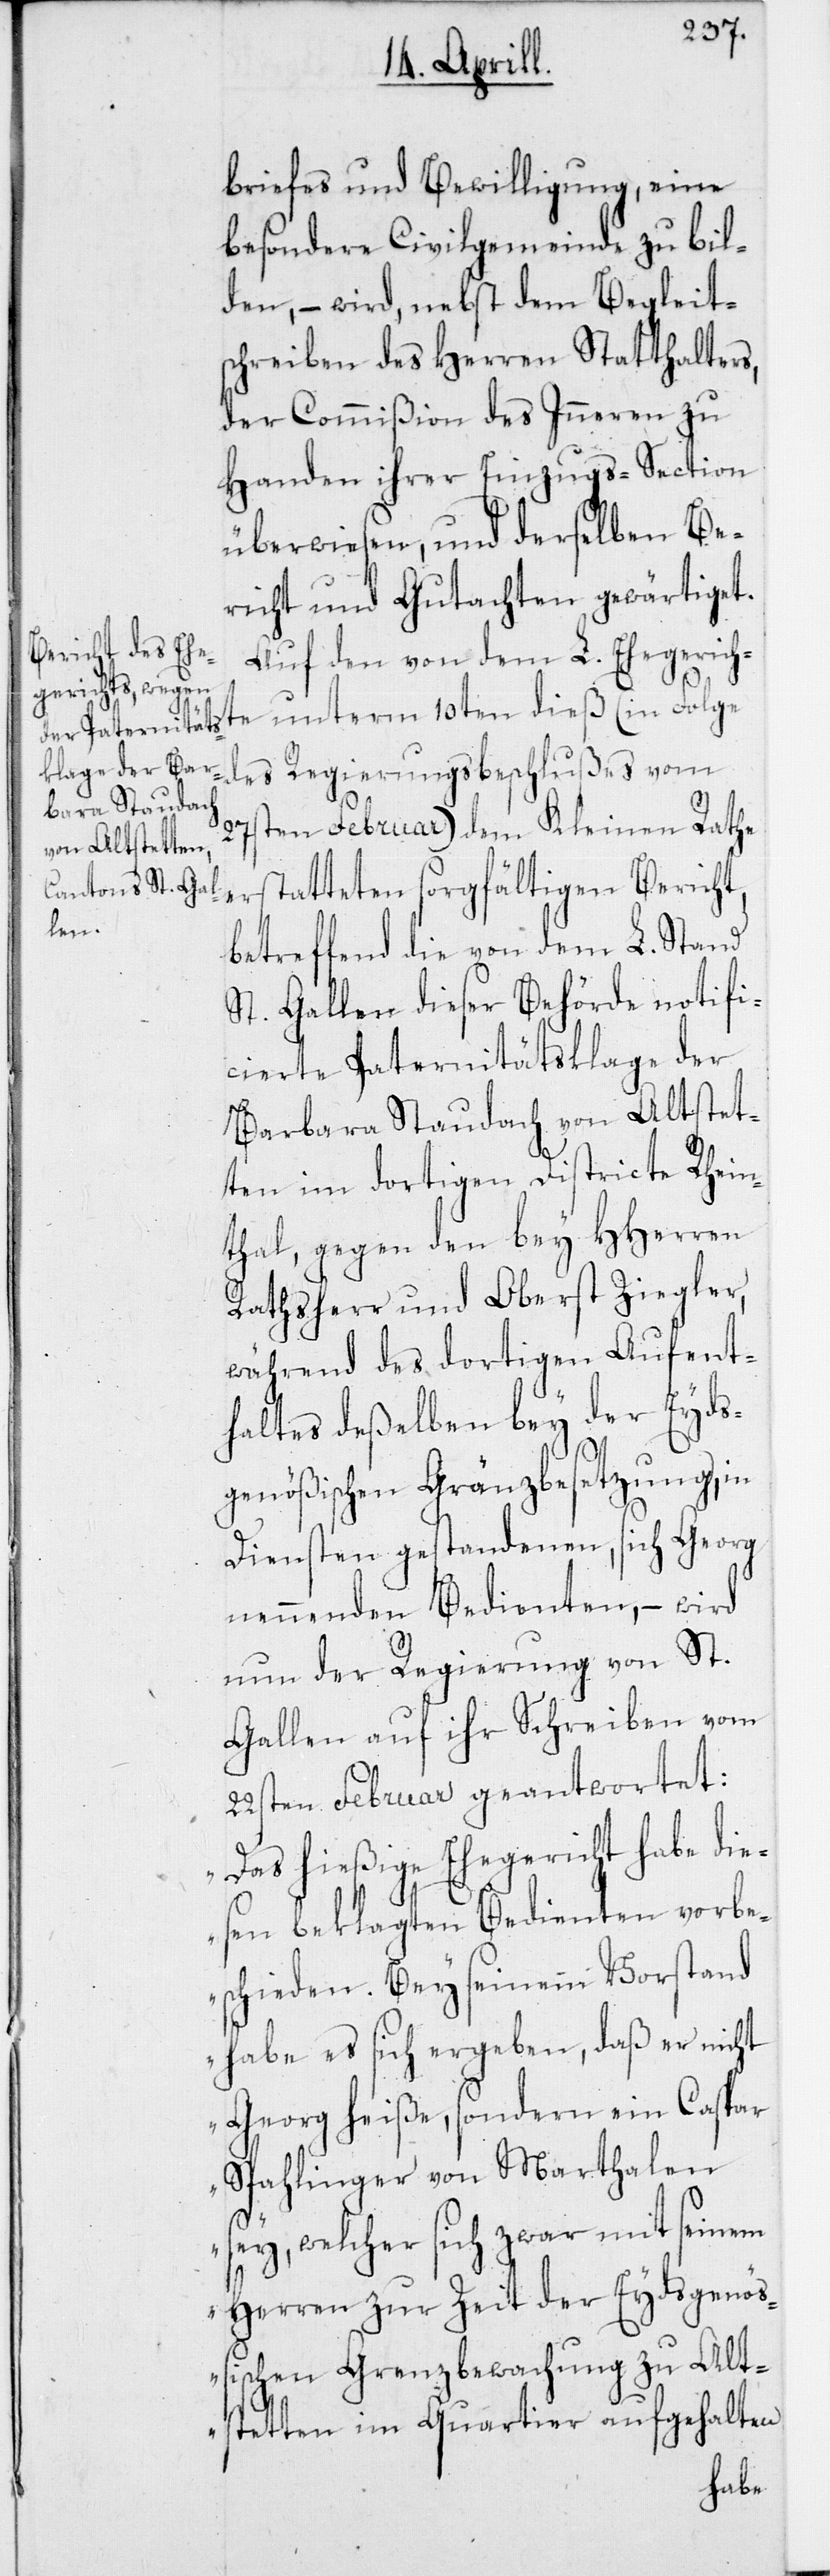
briefes und Bewilligung, eine
besondere Civilgemeinde zu bil¬
den, – wird, nebst dem Begleit¬
schreiben des Herren Statthalters,
der Commißion des Inneren zu
Handen ihrer Einzugs-Section
überwiesen, und derselben Be¬
richt und Gutachten gewärtiget.
Auf dem von dem L. Ehegerichte
unterm 10ten dieß (in Folge
des Regierungsbeschlußes vom
27sten Februar) dem Kleinen Rathe
erstatteten sorgfältigen Bericht,
betreffend die von dem L. Stand
St. Gallen dieser Behörde notifi¬
cierte Paternitätsklage der
Barbara Staudach von Altstet¬
ten im dortigen Districte Rhein¬
thal, gegen den bey HHerren
Rathsherr und Oberst Ziegler,
während des dortigen Aufent¬
haltes deßelben bey der Eyds¬
genößischen Gränzbesetzung, in
Diensten gestandenen, sich Georg
nennenden Bedienten, – wird
nun der Regierung von St.
Gallen auf ihr Schreiben vom
22sten Februar geantwortet:
„Das hießige Ehegericht habe die¬
sen beklagten Bedienten vorbe¬
schieden. Bey seinem Vorstand
habe es sich ergeben, daß er nicht
Georg heiße sondern ein Caspar
Spahlinger von Marthalen
sey, welcher sich zwar mit seinem
Herren zur Zeit der Eydsgenöß¬
ischen Grenzbewachung zu Alt¬
stetten im Quartier aufgehalten